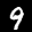
Label: 9